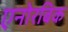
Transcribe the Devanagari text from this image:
एनोरबिक